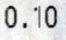
0.10